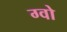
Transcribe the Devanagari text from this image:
ग्वो